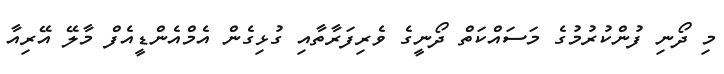
މި ދޯނި ފުންކުރުމުގެ މަސައްކަތް ދޯނީގެ ވެރިފަރާތާއި ގުޅިގެން އެމްއެންޑީއެފް މާލޭ އޭރިއާ